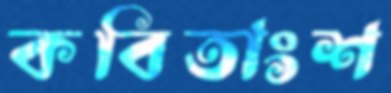
কবিতাংশ